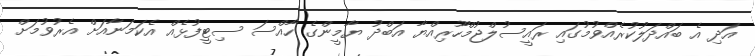
އަދި އެ ބައްދަލުކުރެއްވުމުގައި ރައީސުލްޖުމްހޫރިއްޔާ އަބްދު ޔާމީންގެ ހާއްސަ ސިޓީފުޅެއް އެކަމަނާއަށް އެރުވުމަށް